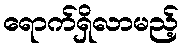
ရောက်ရှိလာမည့်